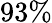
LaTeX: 93\%